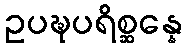
ဥပဍ္ဎပရိစ္ဆန္နေ